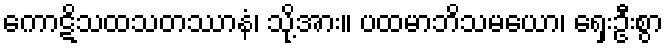
ကောဋိသထသတဿာနံ၊ သို့အား။ ပထမာဘိသမယော၊ ရှေးဦးစွာ